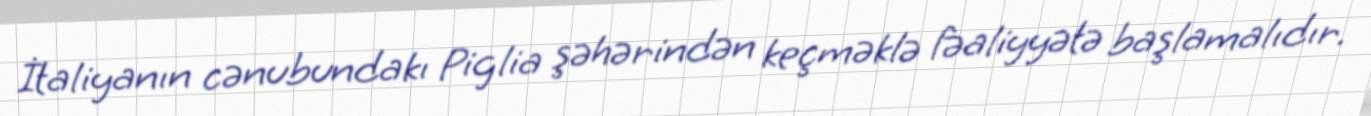
İtaliyanın cənubundakı Piglia şəhərindən keçməklə fəaliyyətə başlamalıdır.